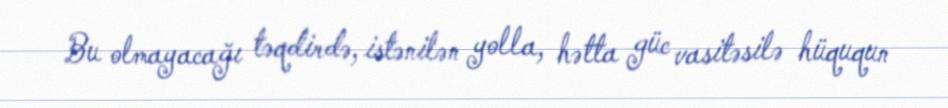
Bu olmayacağı təqdirdə, istənilən yolla, hətta güc vasitəsilə hüququn